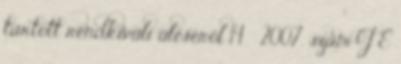
tartott rendkívüli üléséről 14 2007. szám J E